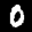
Label: 0